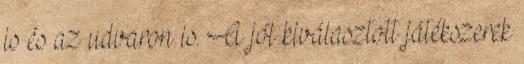
is és az udvaron is. A jól kiválasztott játékszerek